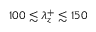
1 0 0 \lesssim \lambda _ { z } ^ { + } \lesssim 1 5 0